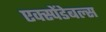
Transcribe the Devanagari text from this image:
एक्स्पेंडेबल्स